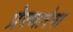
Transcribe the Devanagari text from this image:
प्रेरणारेषा